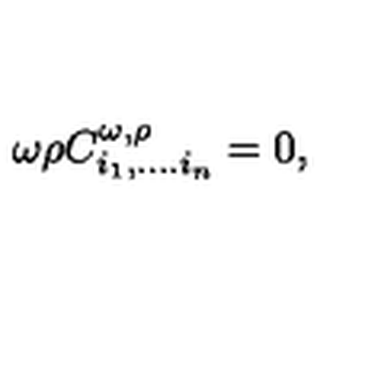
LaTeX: \omega \rho C _ { i _ { 1 } , . . . . i _ { n } } ^ { \omega , \rho } = 0 ,